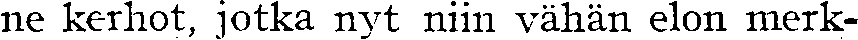
ne kerhot, jotka nyt niin vähän elon merk-